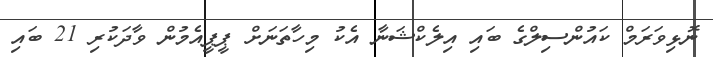
ނޮޅިވަރަމް ކައުންސިލްގެ ބައި އިލެކްޝަނާ އެކު މިހާތަނަށް ޕީޕީއެމުން ވާދަކުރި 21 ބައި